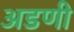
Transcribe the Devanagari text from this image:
अडणी